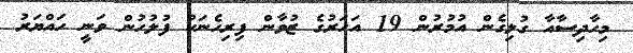
މިހާދިސާއާ ގުޅިގެން އުމުރުން 19 އަހަރުގެ ޒުވާން ފިރިހެނަކު ފުލުހުން ވަނީ ހައްޔަރު